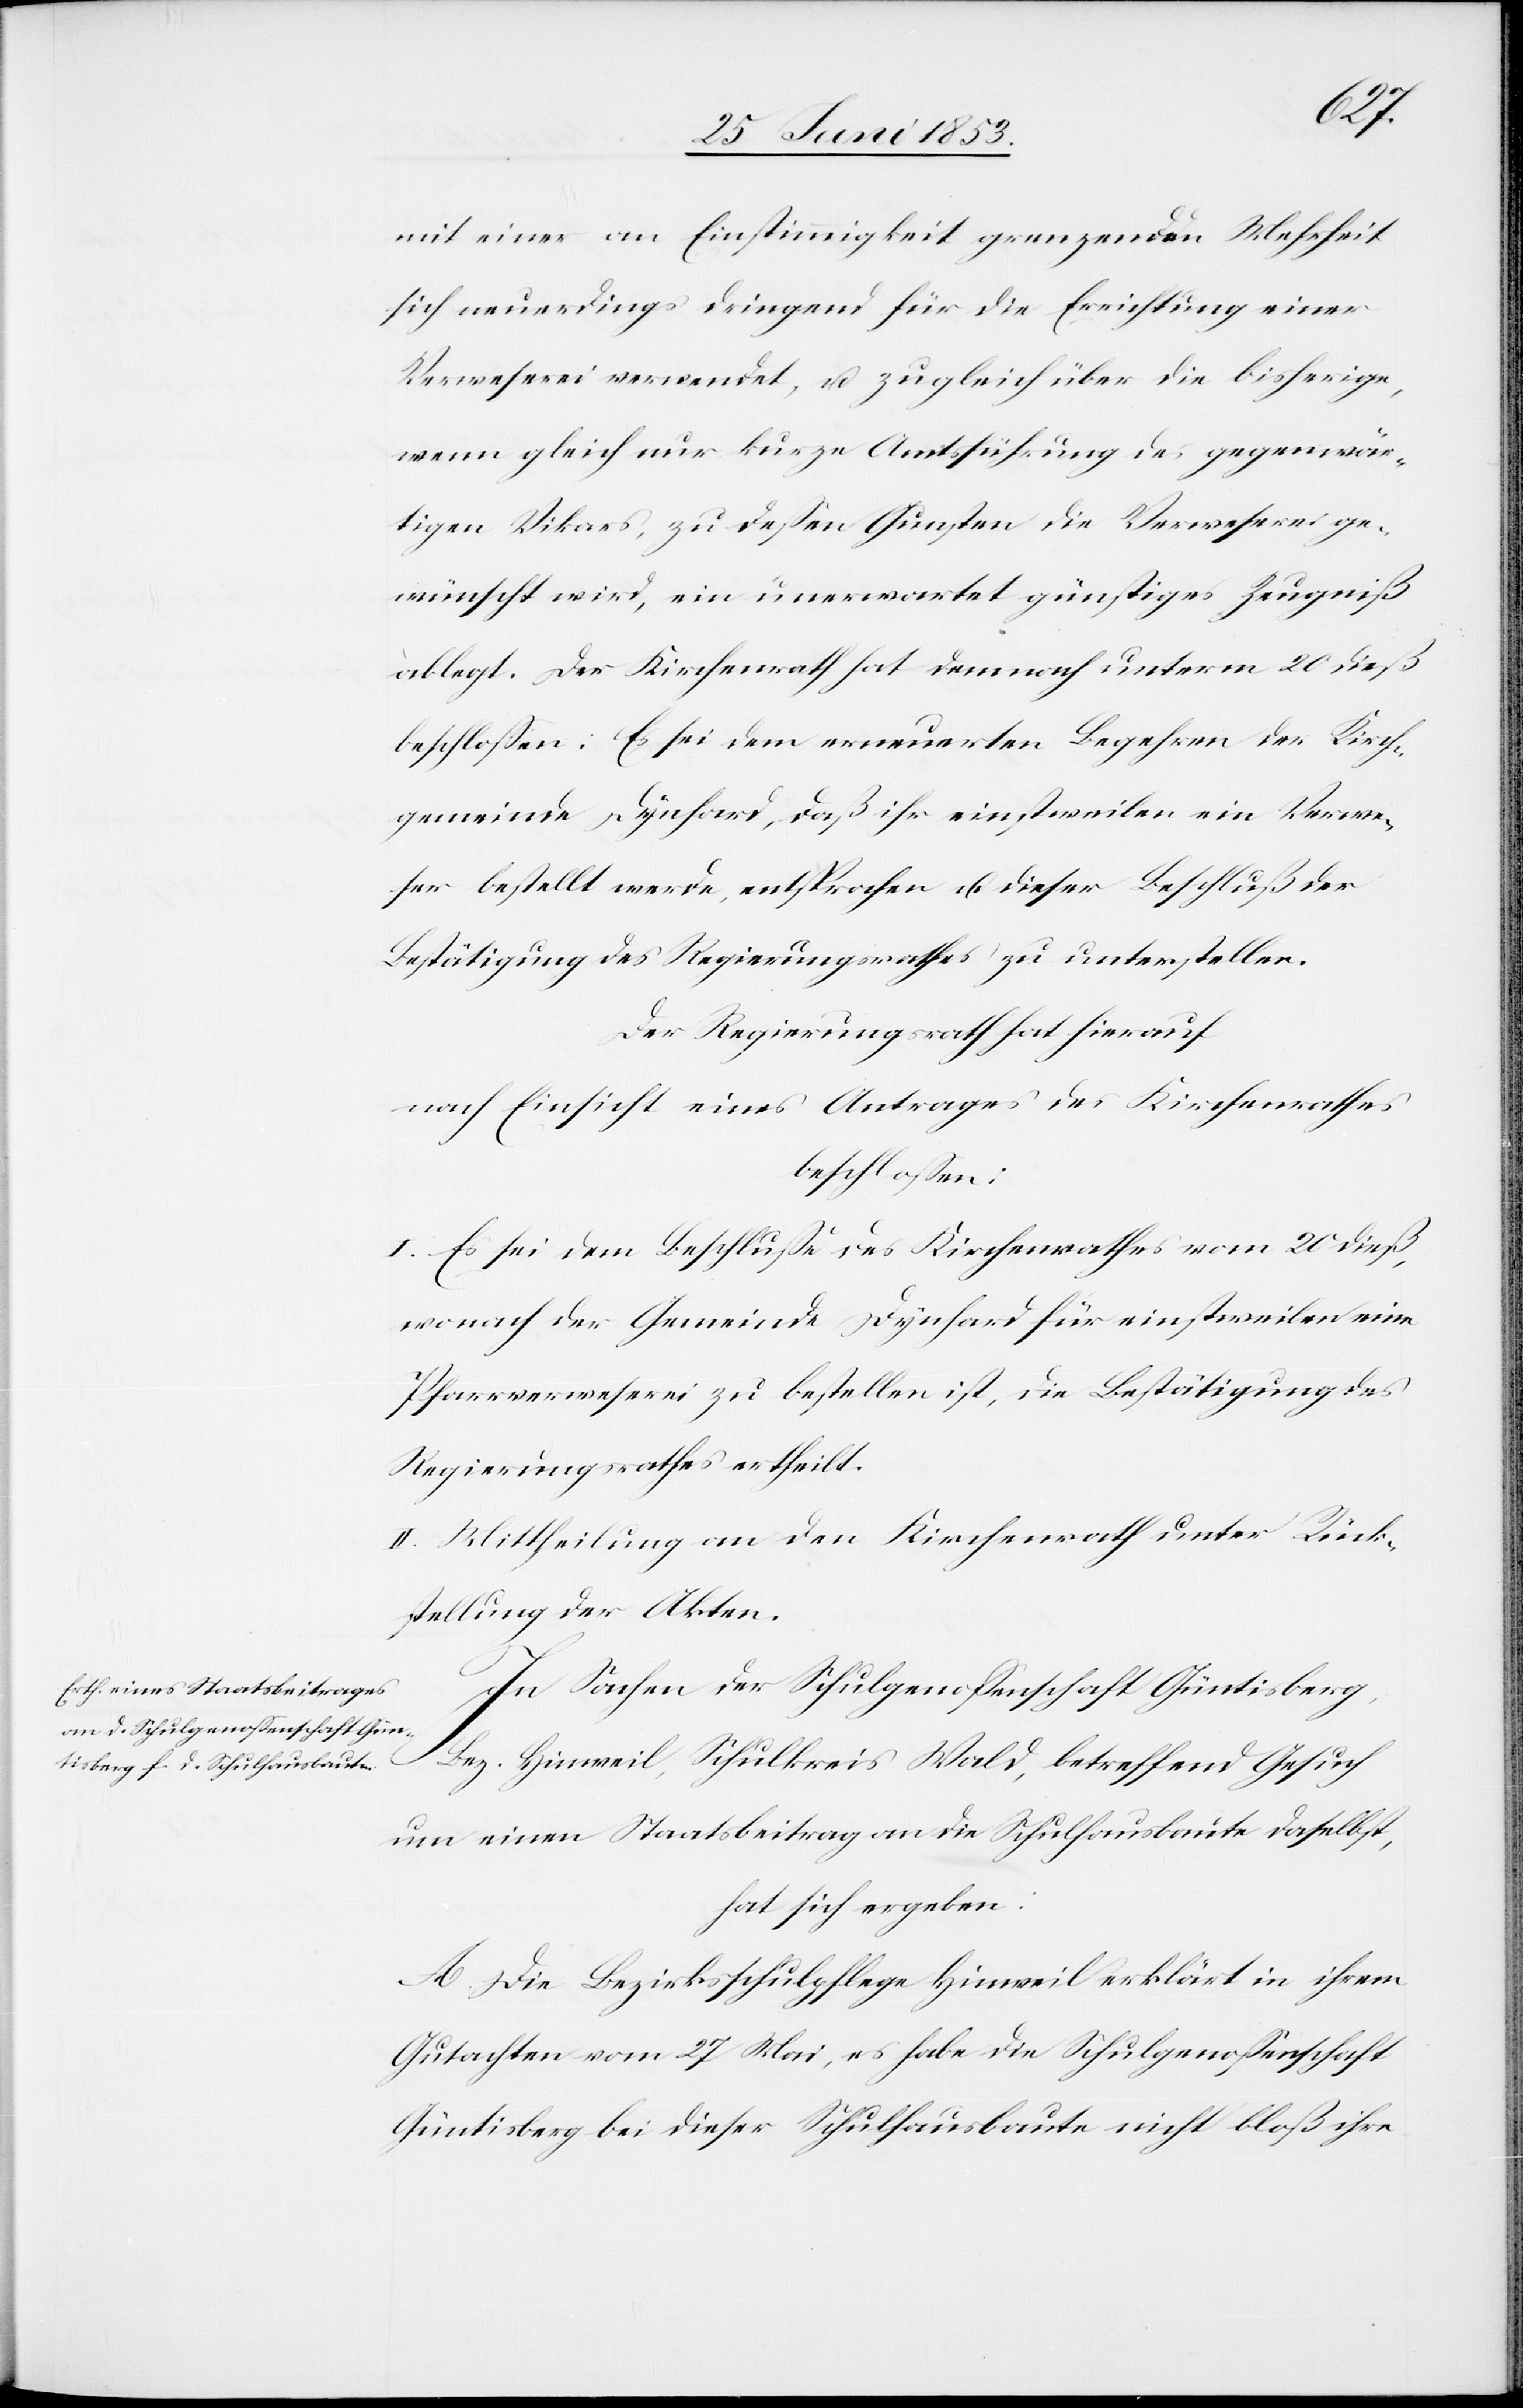
mit einer an Einstimmigkeit grenzenden Mehrheit
sich neuerdings dringend für die Errichtung einer
Verweserei verwendet, u. zugleich über die bisherige,
wenn gleich nur kurze Amtsführung des gegenwär¬
tigen Vikars, zu deßen Gunsten die Verweserei ge¬
wünscht wird, ein unerwartet günstiges Zeugniß
ablegt. Der Kirchenrath hat dennoch unterm 20 dieß
beschloßen: Es sei dem erneuerten Begehren der Kirch¬
gemeinde Dynhard, daß ihr einstweilen ein Verwe¬
ser bestellt werde, entsprochen u. dieser Beschluß der
Bestätigung des Regierungsrathes zu unterstellen.
Der Regierungsrath hat hierauf
nach Einsicht eines Antrages des Kirchenrathes
beschloßen:
I. Es sei dem Beschluße des Kirchenrathes vom 26 dieß,
wonach der Gemeinde Dynhard für einstweilen eine
Pfarrverweserei zu bestellen ist, die Bestätigung des
Regierungsrathes ertheilt.
II. Mittheilung an den Kirchenrath unter Rück¬
stellung der Akten.
In Sachen der Schulgenoßenschaft Güntisberg,
Bez. Hinweil, Schulkreis Wald, betreffend Gesuch
um einen Staatsbeitrag an die Schulhausbaute daselbst,
hat sich ergeben:
A. Die Bezirksschulpflege Hinweil erklärt in ihrem
Gutachten vom 27 Mai, es habe die Schulgenoßenschaft
Güntisberg bei dieser Schulhausbaute nicht bloß ihre